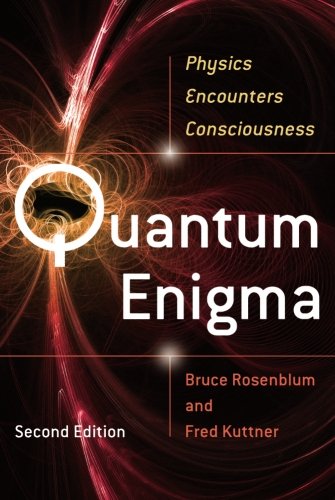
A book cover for Quantum Enigma: Physics Encounters Consciousness; Bruce Rosenblum; Science & Math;